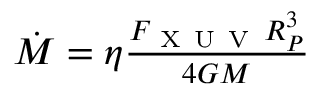
\begin{array} { r } { \dot { M } = \eta \frac { F _ { \mathrm { ~ X ~ U ~ V ~ } } R _ { P } ^ { 3 } } { 4 G M } } \end{array}